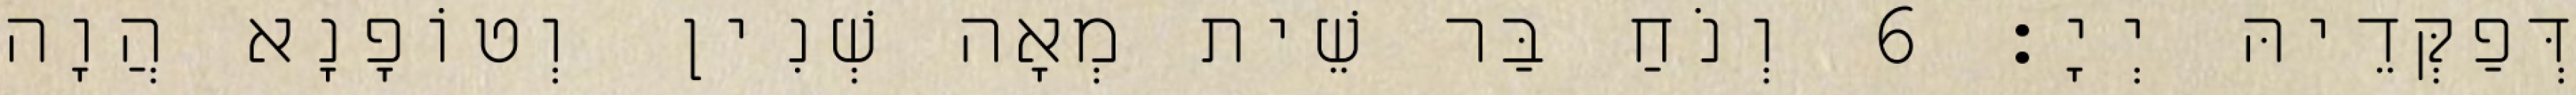
דְּפַקְּדֵיהּ יְיָ׃ 6 וְנֹחַ בַּר שֵׁית מְאָה שְׁנִין וְטוֹפָנָא הֲוָה